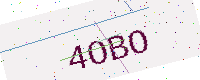
Text: 4OBO